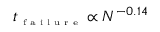
t _ { \textrm { \tiny f a i l u r e } } \propto N ^ { - 0 . 1 4 }